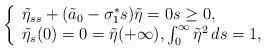
LaTeX: \begin{align*}\left\{\begin{array}{ll}\tilde\eta_{ss} + (\tilde a_0 - \sigma^*_{1} s) \tilde\eta=0 s \geq 0,\\\tilde\eta_s(0)= 0 = \tilde\eta(+\infty),\int_0^\infty \tilde\eta^2\,ds = 1,\end{array}\right.\end{align*}